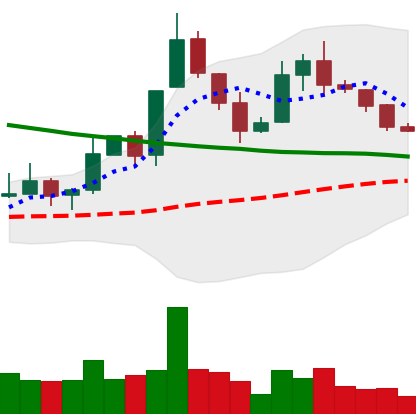
Ticker: XLM-USD
Chart end date: 2019-11-16
Forward return: -14.217%
Label: down_7plus